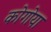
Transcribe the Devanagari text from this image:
कोगोया